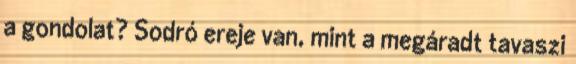
a gondolat? Sodró ereje van, mint a megáradt tavaszi